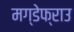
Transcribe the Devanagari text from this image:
मग्डेफ्राउ